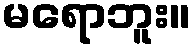
မရောဘူး။